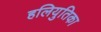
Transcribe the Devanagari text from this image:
हलियुतिका